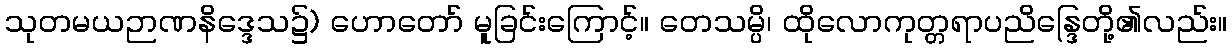
သုတမယဉာဏနိဒ္ဒေသ၌) ဟောတော် မူခြင်းကြောင့်။ တေသမ္ပိ၊ ထိုလောကုတ္တရာပညိန္ဒြေတို့၏လည်း။